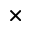
\mathbf { \times }